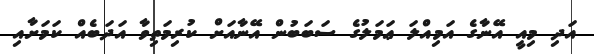
އަދި މިއީ އޭނާގެ އަމިއްލަ ޢަމަލުގެ ސަބަބުން އޭނާއަށް ކުރިމަތިވާ އަދަބެއް ކަމަށާއި